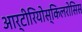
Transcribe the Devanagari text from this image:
आर्टीरियोस्किलरोसिस